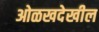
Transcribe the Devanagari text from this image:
ओळखदेखील